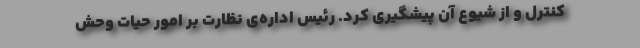
کنترل و از شیوع آن پیشگیری کرد. رئیس اداره‌ی نظارت بر امور حیات وحش